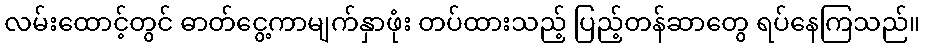
လမ်းထောင့်တွင် ဓာတ်ငွေ့ကာမျက်နှာဖုံး တပ်ထားသည့် ပြည့်တန်ဆာတွေ ရပ်နေကြသည်။